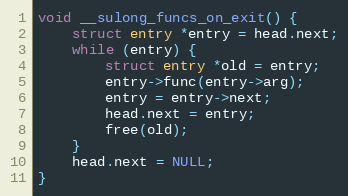
Language: C
void __sulong_funcs_on_exit() {
    struct entry *entry = head.next;
    while (entry) {
        struct entry *old = entry;
        entry->func(entry->arg);
        entry = entry->next;
        head.next = entry;
        free(old);
    }
    head.next = NULL;
}